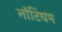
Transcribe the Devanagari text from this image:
नाॅटिंघम